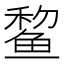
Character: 𫚞